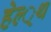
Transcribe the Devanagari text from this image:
हेल्‍्थ